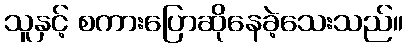
သူနှင့် စကားပြောဆိုနေခဲ့သေးသည်။